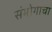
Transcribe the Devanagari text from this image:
संभोगाचा